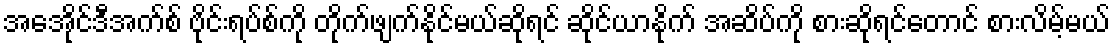
အေအိုင်ဒီအက်စ် ဗိုင်းရပ်စ်ကို တိုက်ဖျက်နိုင်မယ်ဆိုရင် ဆိုင်ယာနိုက် အဆိပ်ကို စားဆိုရင်တောင် စားလိမ့်မယ်